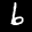
Label: 6